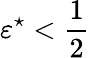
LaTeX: \varepsilon^{\star}<\frac{1}{2}